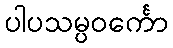
ပါပသမ္ပဝင်္ကော